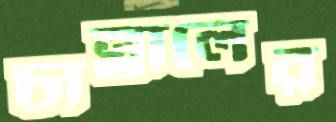
চান্তালের